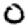
Digit: 0